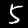
Label: 5